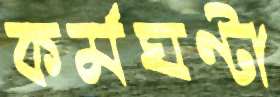
কর্মঘণ্টা